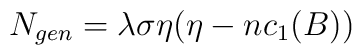
N_{gen}=\lambda \sigma \eta( \eta-nc_{1}(B))